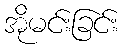
အိုမင်းခြင်း